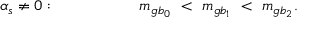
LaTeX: \alpha _ { s } \ne 0 : \qquad \qquad \ \ \ \ m _ { g b _ { 0 } } \ < \ m _ { g b _ { 1 } } \ < \ m _ { g b _ { 2 } } . \qquad